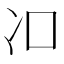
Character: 𱏿